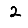
Digit: 2